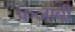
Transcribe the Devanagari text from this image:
पञ्जाबी